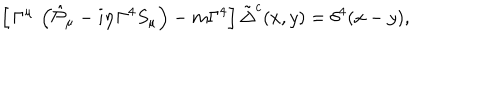
LaTeX: \left[ \, \Gamma ^ { \mu } \, \left( \hat { { \cal P } } _ { \mu } - i \eta \, \Gamma ^ { 4 } S _ { \mu } \right) - m \Gamma ^ { 4 } \right] \tilde { \Delta } ^ { c } ( x , y ) = \delta ^ { 4 } ( x - y ) ,